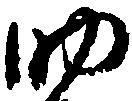
助